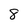
Character: 8